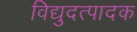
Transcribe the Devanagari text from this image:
विद्युदत्पादक